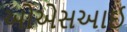
ઓએસઆઈ